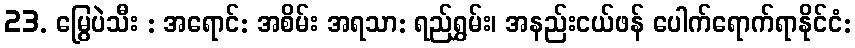
23. မြွေပဲသီး : အရောင်: အစိမ်း အရသာ: ရည်ရွှမ်း၊ အနည်းငယ်ဖန် ပေါက်ရောက်ရာနိုင်ငံ: